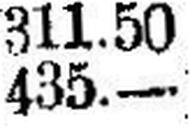
435.—